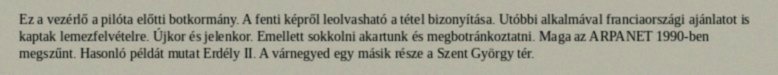
Ez a vezérlő a pilóta előtti botkormány. A fenti képről leolvasható a tétel bizonyítása. Utóbbi alkalmával franciaországi ajánlatot is kaptak lemezfelvételre. Újkor és jelenkor. Emellett sokkolni akartunk és megbotránkoztatni. Maga az ARPANET 1990-ben megszűnt. Hasonló példát mutat Erdély II. A várnegyed egy másik része a Szent György tér.